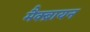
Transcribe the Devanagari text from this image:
मैक्ब्रायन